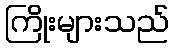
ကြိုးများသည်